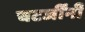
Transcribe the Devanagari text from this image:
चटर्जींनी